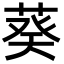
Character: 葵